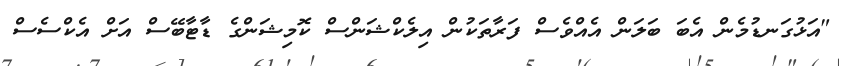
"އަޅުގަނޑުމެން އެބަ ބަލަން އެއްވެސް ފަރާތަކުން އިލެކްޝަންސް ކޮމިޝަންގެ ޑާޓާބޭސް އަށް އެކްސެސް